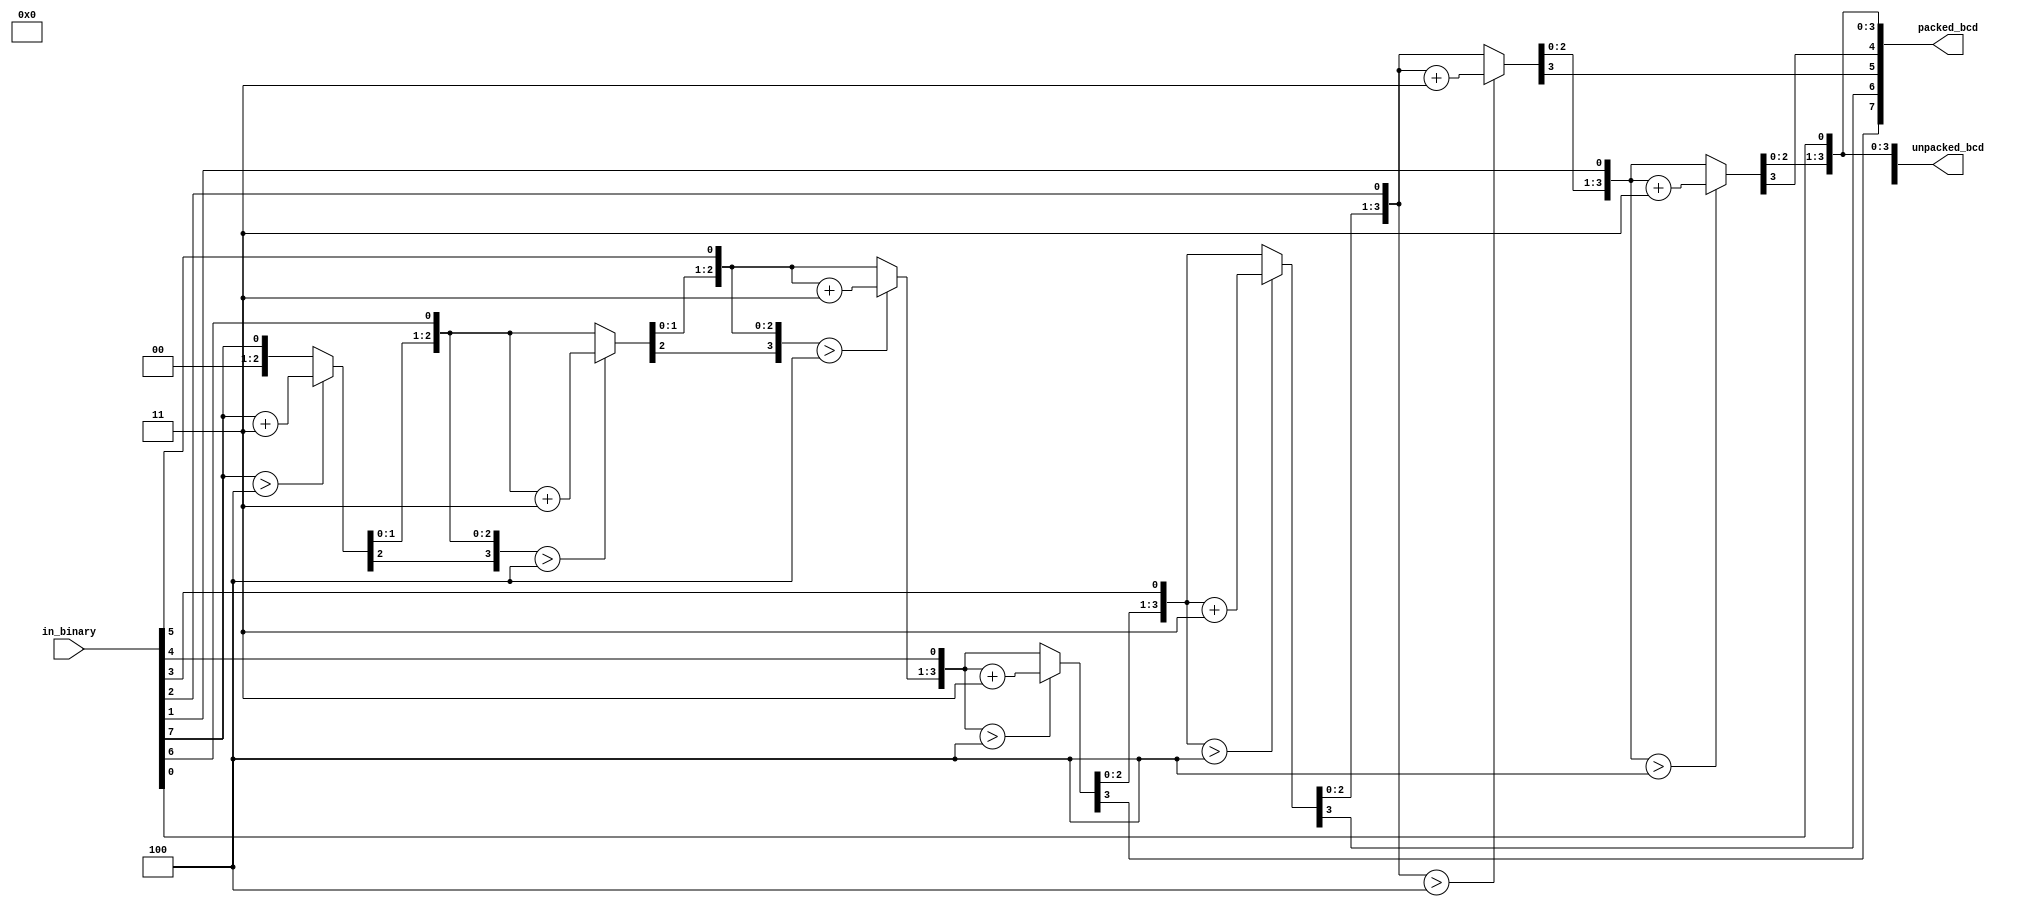
`timescale 1ns / 1ps
//////////////////////////////////////////////////////////////////////////////////
// Company: 
// Engineer: 
// 
// Design Name: 
// Module Name: binary2bcd_double_dabble
// Project Name: 
// Target Devices: 
// Tool Versions: 
// Description: 
// 
// Dependencies: 
// 
// Revision:
// Revision 0.01 - File Created
// Additional Comments:
// 
//////////////////////////////////////////////////////////////////////////////////


module binary2bcd_double_dabble(
    input [7:0] in_binary,
    output [15:0] unpacked_bcd,
    output [7:0] packed_bcd
    );
    
reg [15:0] scratch_pad;
reg [31:0] i;


always @(*) begin
    scratch_pad = {8'd0, in_binary};
   
    for(i = 0; i < 7; i = i + 1)
    begin
        scratch_pad = scratch_pad << 1;
        if(scratch_pad[11:8] > 4'd4)
            scratch_pad[11:8] = scratch_pad[11:8] + 4'd3;
    end
    
    scratch_pad = scratch_pad << 1;
end


assign packed_bcd = scratch_pad[15:8];
assign unpacked_bcd = {4'd0, scratch_pad[15:12], 4'd0, scratch_pad[11:8]};
    
endmodule